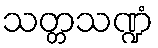
သတ္တသဏ္ဍံ